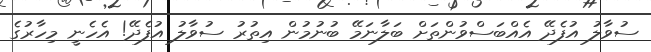
ސުވާލު އުފެދޭ އެއްބަސްވުންތަށް ބަލާނަމޭ ބުނުމުން އިތުރު ސުވާލު އުފެދޭ! އެހެނީ މިހާރުގެ